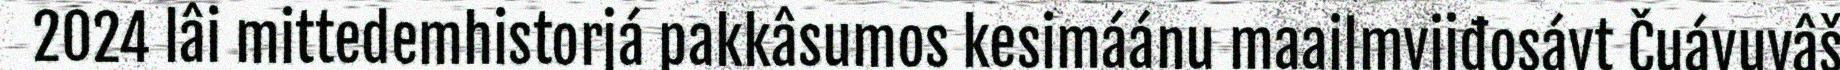
2024 lâi mittedemhistorjá pakkâsumos kesimáánu maailmvijđosávt Čuávuvâš